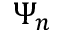
\Psi _ { n }